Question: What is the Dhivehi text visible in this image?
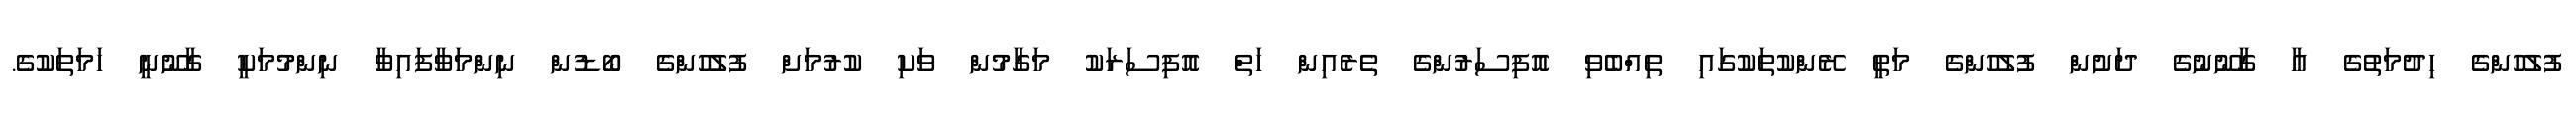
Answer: ފުލުހުންގެ ހިދުމަތުގެ އާ ގާނޫނުގެ ދަށުން ފުލުހުންގެ މަތީ ރޭންކުތަކުގައި ތިއްބެވި އޮފިސަރުންގެ ތެރެއިން ހަތް އޮފިސަރަކު މަގާމުން ވަކި ކުރުމަށް ފުލުހުންގެ ބޯޑުން ނިންމަވާފައިވާ ނިންމުމަކީ ގާނޫނީ ހަމަތަކުގެ.